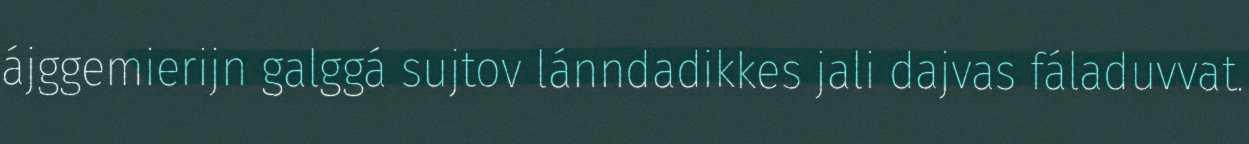
ájggemierijn galggá sujtov lánndadikkes jali dajvas fáladuvvat.